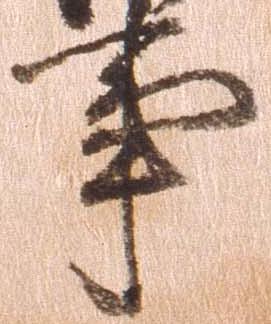
事